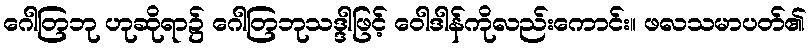
ဂေါတြဘု ဟုဆိုရာ၌ ဂေါတြဘုသဒ္ဒါဖြင့် ဝေါဒါန်ကိုလည်းကောင်း။ ဖလသမာပတ်၏